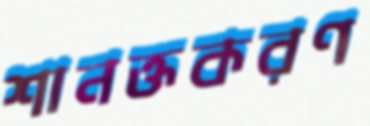
শানক্তকরণ